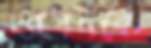
ওপেনকে